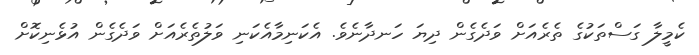
ކެމީލާ ގަސްތަކުގެ ތެރެއަށް ވަދެގެން ދިޔަ ހަނދާނެވެ. އެކަނިމާއެކަނި ވަލުތެރެއަށް ވަދެގެން އުޅެނިކޮށް